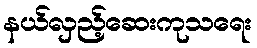
နယ်လှည့်ဆေးကုသရေး